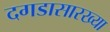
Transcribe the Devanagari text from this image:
दगडासारख्या